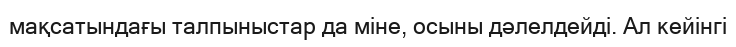
мақсатындағы талпыныстар да міне, осыны дәлелдейді. Ал кейінгі